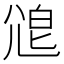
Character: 𡯱